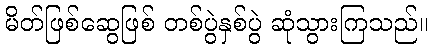
မိတ်ဖြစ်ဆွေဖြစ် တစ်ပွဲနှစ်ပွဲ ဆုံသွားကြသည်။